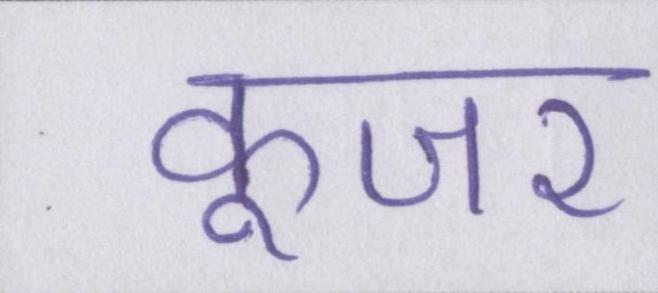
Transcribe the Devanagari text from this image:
कूजर